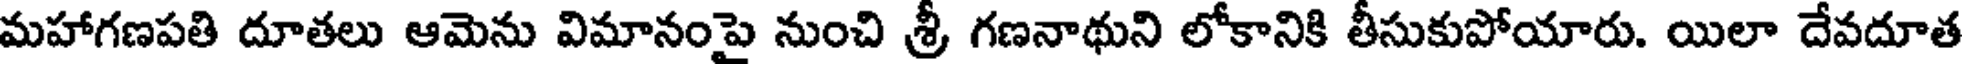
మహాగణపతి దూతలు ఆమెను విమానంపై నుంచి శ్రీ గణనాథుని లోకానికి తీసుకుపోయారు. యిలా దేవదూత